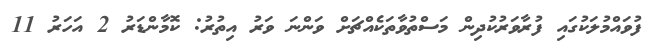
ފުވައްމުލަކުގައި ފުރާވަރުކުދިން މަސްތުވާތަކެއްޗަށް ވަންނަ ވަރު އިތުރު: ކޮމާންޑަރު 2 އަހަރު 11